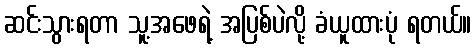
ဆင်းသွားရတာ သူ့အဖေရဲ့ အပြစ်ပဲလို့ ခံယူထားပုံ ရတယ်။